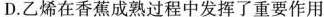
D.乙烯在香蕉成熟过程中发挥了重要作用